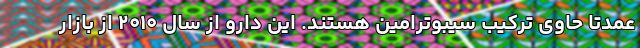
عمدتاً حاوی ترکیب سیبوترامین هستند. این دارو از سال ۲۰۱۰ از بازار